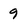
Character: 9